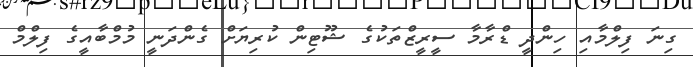
ގިނަ ފިލްމާއި ހިންދީ ޑްރާމާ ސީރީޒްތަކުގެ ޝޫޓިން ކުރިޔަށް ގެންދަނީ މުމްބާއީގެ ފިލްމް